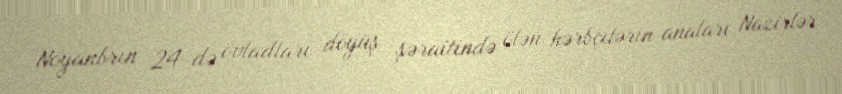
Noyanbrın 24-də övladları döyüş şəraitində ölən hərbçilərin anaları Nazirlər